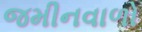
જમીનવાળો